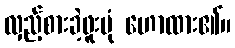
လှည့်စားခဲ့ဖူးပုံ ဟောထား၏။